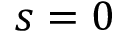
s = 0